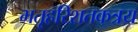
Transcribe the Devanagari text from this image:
भतृहरिशतकत्रय